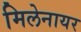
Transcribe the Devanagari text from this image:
मिलेनायर